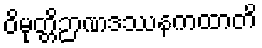
ဝိမုတ္တိဉာဏဒဿနကထာတိ